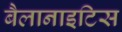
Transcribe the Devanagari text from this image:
बैलानाइटिस